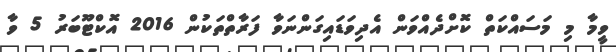
ވީމާ މި މަސައްކަތް ކޮށްދެއްވަން އެދިވަޑައިގަންނަވާ ފަރާތްތަކުން 2016 އޮކްޓޫބަރު 5 ވާ